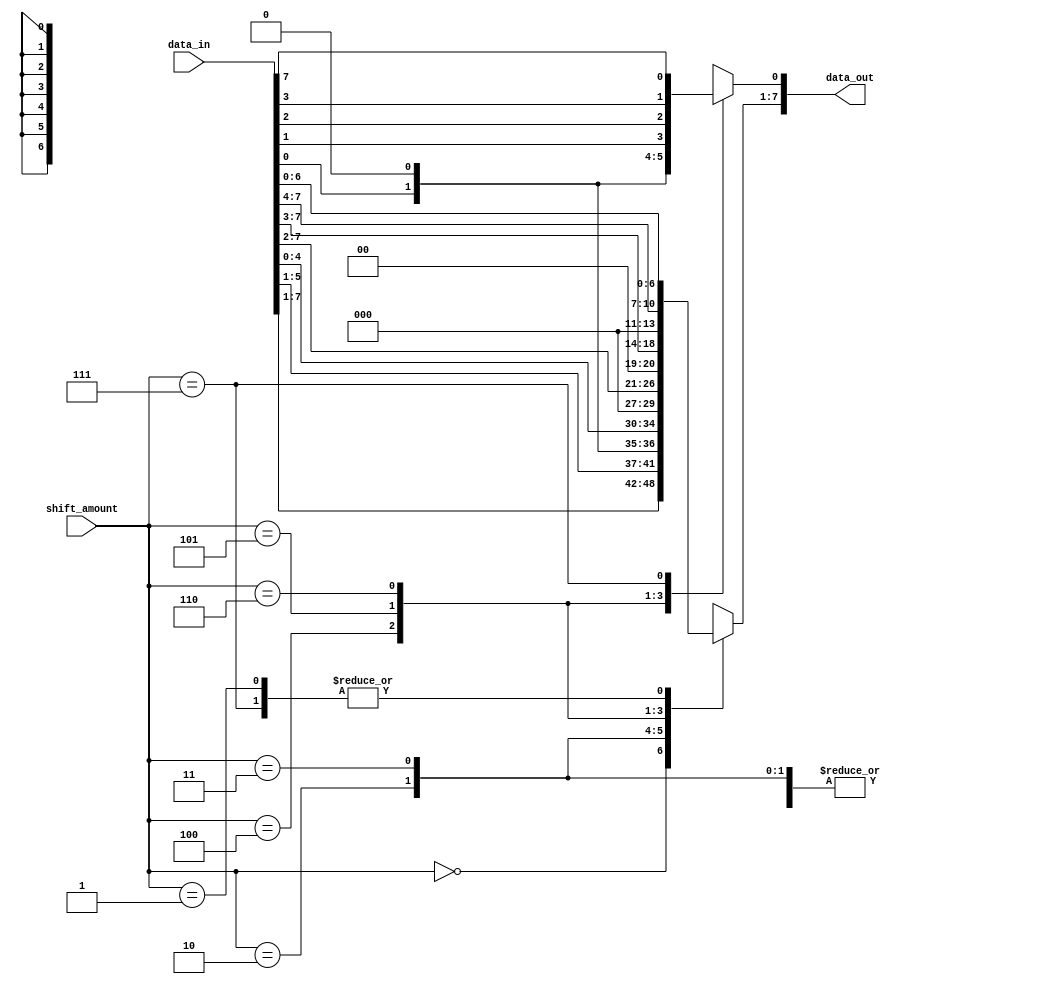
module Barrel_Shifter(input [7:0] data_in,    // Input binary data
                        input [2:0] shift_amount,  // Shift amount
                        output reg [7:0] data_out); // Output binary data

  always @(*)
  begin
    case(shift_amount)
      3'b000: data_out = data_in; // No shift
      3'b001: data_out = data_in << 1; // Left shift by 1 position
      3'b010: data_out = data_in << 2; // Left shift by 2 positions
      3'b011: data_out = data_in << 3; // Left shift by 3 positions
      3'b100: data_out = data_in >> 1; // Right shift by 1 position
      3'b101: data_out = data_in >> 2; // Right shift by 2 positions
      3'b110: data_out = data_in >> 3; // Right shift by 3 positions
      3'b111: begin // Rotate data
                 data_out[0] = data_in[7];
                 data_out[1:7] = data_in[0:6];
               end
    endcase
  end

endmodule